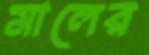
মালের